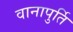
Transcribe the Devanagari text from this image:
वानापुर्ति